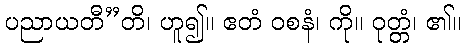
ပညာယတီ”တိ၊ ဟူ၍။ ဧတံ ဝစနံ၊ ကို။ ဝုတ္တံ၊ ၏။